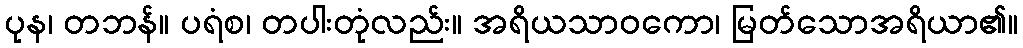
ပုန၊ တဘန်။ ပရံစ၊ တပါးတုံလည်း။ အရိယသာဝကော၊ မြတ်သောအရိယာ၏။